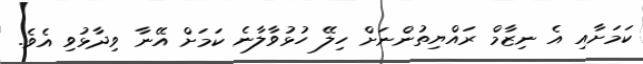
ކަމަށާއި އެ ނިޒާމް ރައްޔިތުންނަށް ހިލޭ ހުޅުވާލާނެ ކަމަށް އޭނާ ވިދާޅުވި އެވެ.